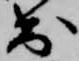
出